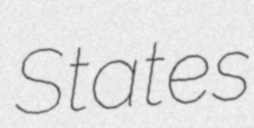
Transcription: States